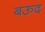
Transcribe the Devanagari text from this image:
बऊद